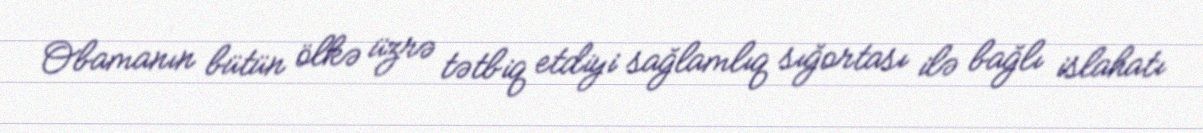
Obamanın bütün ölkə üzrə tətbiq etdiyi sağlamlıq sığortası ilə bağlı islahatı